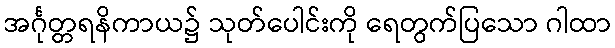
အင်္ဂုတ္တရနိကာယ၌ သုတ်ပေါင်းကို ရေတွက်ပြသော ဂါထာ